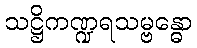
သဋ္ဌိကဏ္ဍရသမ္ဗန္ဓော